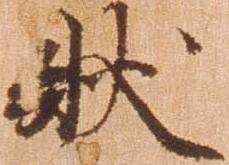
状